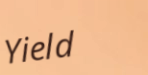
Yield